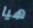
هيا